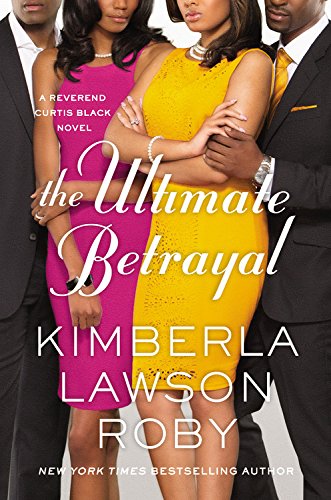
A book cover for The Ultimate Betrayal (A Reverend Curtis Black Novel); Kimberla Lawson Roby; Literature & Fiction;